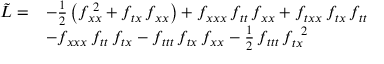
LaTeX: \begin{array} { r l } { { \tilde { { \cal L } } = } } & { { - \frac { 1 } { 2 } \left( f _ { x x } ^ { \; 2 } + f _ { t x } \, f _ { x x } \right) + f _ { x x x } \, f _ { t t } \, f _ { x x } + f _ { t x x } \, f _ { t x } \, f _ { t t } } } \\ { { } } & { { - f _ { x x x } \, f _ { t t } \, f _ { t x } - f _ { t t t } \, f _ { t x } \, f _ { x x } - \frac { 1 } { 2 } \, f _ { t t t } \, f _ { t x } ^ { \; \; 2 } } } \end{array}